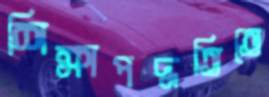
শিক্ষাপদ্ধতিতে